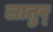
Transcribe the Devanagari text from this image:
लातुर्